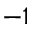
^ { - 1 }